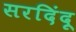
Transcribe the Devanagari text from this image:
सरदिंदू